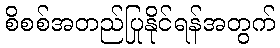
စိစစ်အတည်ပြုနိုင်ရန်အတွက်